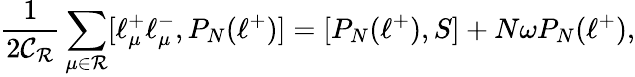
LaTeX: \frac{1}{2\mathcal{C_{R}}}\sum_{\mu\in\mathcal{R}}[\ell_{\mu}^{+}\ell_{\mu}^{-},P_{N}(\ell^{+})]=[P_{N}(\ell^{+}),S]+N\omega P_{N}(\ell^{+}),